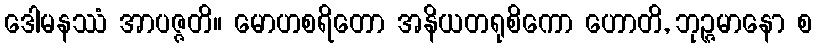
ဒေါမနဿံ အာပဇ္ဇတိ။ မောဟစရိတော အနိယတရုစိကော ဟောတိ, ဘုဉ္ဇမာနော စ